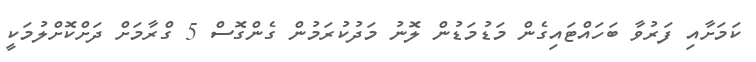
ކަމަށާއި ފަރުވާ ބަހައްޓައިގެން މަޑުމަޑުން ލޮނު މަދުކުރަމުން ގެންގޮސް 5 ގްރާމަށް ދަށްކޮށްލުމަކީ